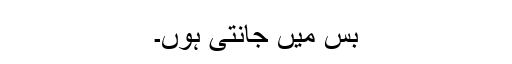
بس میں جانتی ہوں۔